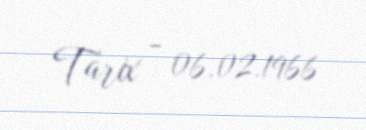
Tarix - 06.02.1966